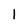
Character: 1